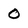
Character: O